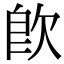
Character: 𣢼